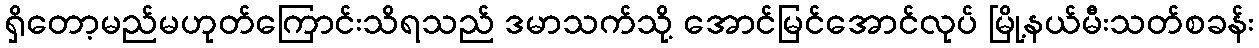
ရှိတော့မည်မဟုတ်ကြောင်းသိရသည် ဒမာသက်သို့ အောင်မြင်အောင်လုပ် မြို့နယ်မီးသတ်စခန်း